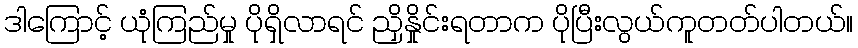
ဒါကြောင့် ယုံကြည်မှု ပိုရှိလာရင် ညှိနှိုင်းရတာက ပိုပြီးလွယ်ကူတတ်ပါတယ်။